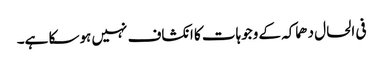
فی الحال دھماکہ کے وجوہات کا انکشاف نہیں ہوسکا ہے۔